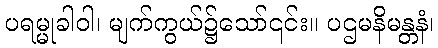
ပရမ္မုခါဝါ၊ မျက်ကွယ်၌သော်၎င်း။ ပဌမနိမန္တနံ၊